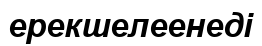
ерекшелеенеді